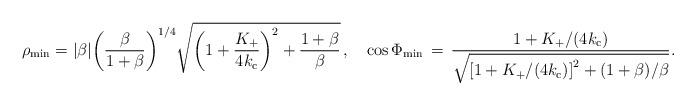
LaTeX: \begin{align*}\rho _{\rm min}=\vert \beta \vert \biggl(\frac{\beta }{1+\beta }\biggr)^{1/4}\sqrt{\biggl(1+\frac{K_+}{4k_{\rm c}}\biggr)^2+\frac{1+\beta }{\beta }}\, , \quad \cos\Phi_{\rm min}\,=\,\frac{1+K_+/(4k_{\rm c})}{\sqrt{\left[1+K_+/(4k_{\rm c})\right]^2 +(1+\beta )/\beta}}.\end{align*}